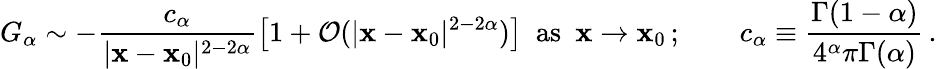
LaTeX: G_{\alpha}\sim-\frac{c_{\alpha}}{|\mathbf{x}-\mathbf{x}_{0}|^{2-2\alpha}}\left[1+\mathcal{O}(|\mathbf{x}-\mathbf{x}_{0}|^{2-2\alpha})\right]\enspace\mathrm{as}\enspace\mathbf{x}\to\mathbf{x}_{0}\, ;\qquad c_{\alpha}\equiv\frac{\Gamma(1-\alpha)}{4^{\alpha}\pi\Gamma(\alpha)}\, .